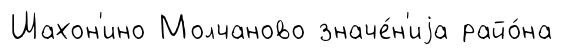
Шахон'ино Молчаново значе́н'иjа райо́на